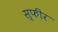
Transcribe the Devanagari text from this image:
स्फीर